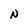
Character: N